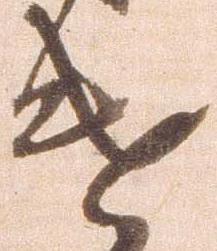
遣